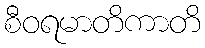
စီဝရမာတိကာတိ